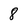
Character: 8